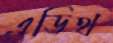
এডিথ